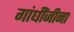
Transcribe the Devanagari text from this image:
गांधींजीना